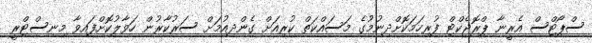
ސްޕޯޓްސް އެރީނާ ޕްރޮޖެކްޓް ފުރިހަމަކޮށްދިނުމުގެ މަސައްކަތް ކުރިއަށް ގެންދިއުމަށް ސަރުކާރުން ހަވާލުކޮށްފައިވާ މިނިސްޓްރީ